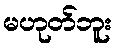
မဟုတ်ဘူး